Serum-therapy of plague in India - Number 20
Disease focus: Plague
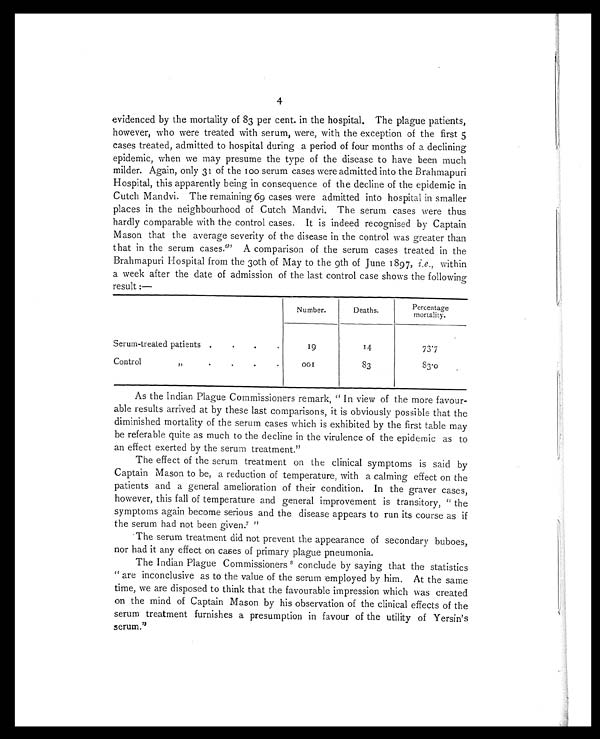
4
evidenced by the mortality of 83 per cent. in the hospital. The plague patients,
however, who were treated with serum, were, with the exception of the first 5
cases treated, admitted to hospital during a period of four months of a declining
epidemic, when we may presume the type of the disease to have been much
milder. Again, only 31 of the 100 serum cases were admitted into the Brahmapuri
Hospital, this apparently being in consequence of the decline of the epidemic in
Cutch Mandvi. The remaining 69 cases were admitted into hospital in smaller
places in the neighbourhood of Cutch Mandvi. The serum cases were thus
hardly comparable with the control cases. It is indeed recognised by Captain
Mason that the average severity of the disease in the control was greater than
that in the serum cases." A comparison of the serum cases treated in the
Brahmapuri Hospital from the 30th of May to the 9th of June 1897, i.e. , within
a week after the date of admission of the last control case shows the following
result :—
Number.
Deaths.
Percentage
mortality.
Serum-treated patients. ...
1 9
14
73.7
Control " ...
.
.
o o 1
83
83.0
As the Indian Plague Commissioners remark, " In view of the more favour-
able results arrived at by these last comparisons, it is obviously possible that the
diminished mortality of the serum cases which is exhibited by the first table may
be referable quite as much to the decline in the virulence of the epidemic as to
an effect exerted by the serum treatment."
The effect of the serum treatment on the clinical symptoms is said by
Captain Mason to be, a reduction of temperature, with a calming effect on the
patients and a general amelioration of their condition. In the graver cases,
however, this fall of temperature and general improvement is transitory, " the
symptoms again become serious and the disease appears to run its course as if
the serum had not been given.' "
The serum treatment did not prevent the appearance of secondary buboes,
nor had it any effect on cases of primary plague pneumonia.
The Indian Plague Commissioners 8 c o n c l u d e b y s a y i n g t h a t t h e s t a t i s t i c s
" are inconclusive as to the value of the serum employed by him. At the same
time, we are disposed to think that the favourable impression which was created
on the mind of Captain Mason by his observation of the clinical effects of the
serum treatment furnishes a presumption in favour of the utility of Yersin's
serum."